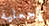
إجعليه